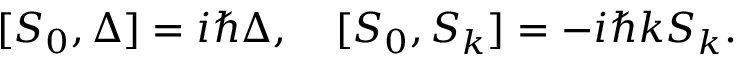
[ S _ { 0 } , \Delta ] = i \hbar \Delta , \quad [ S _ { 0 } , S _ { k } ] = - i \hbar k S _ { k } .